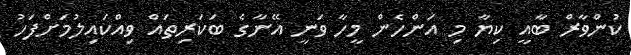
ކުންވާރް ބާއީ ކިޔާ މި އަންހެން މީހާ ވަނީ އޭނާގެ ބަކަރިތައް ވިއްކައިލުމަށްފަހު